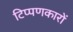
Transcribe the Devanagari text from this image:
टिप्पणकारों